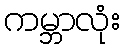
ကမ္ဘာလုံး